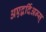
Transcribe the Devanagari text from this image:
अएद्वर्दिअन्स्